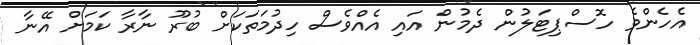
އެހެންވެ ހޮސްޕިޓަލުން ދެމުން އައި އެއްވެސް ހިދުމަތަކަށް ބުރޫ ނާރާ ކަމަށް އޭނާ